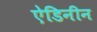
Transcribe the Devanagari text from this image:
ऐडिनीन